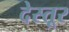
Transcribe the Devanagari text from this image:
देस्तूर